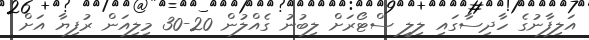
އަލިފާނުގެ ހާދިސާގައި ލިލީ ސްޓޯރަށް ލިބުނު ގެއްލުން 20-30 މިލިއަން ރުފިޔާ އަށް